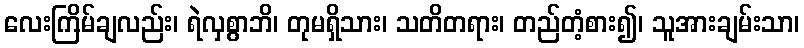
လေးကြိမ်ချလည်း၊ ရဲလှစွာဘိ၊ တုမရှိသား၊ သတိတရား၊ တည်တံ့စား၍၊ သူအားချမ်းသာ၊